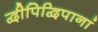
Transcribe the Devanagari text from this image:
द्वीपिद्विपानां